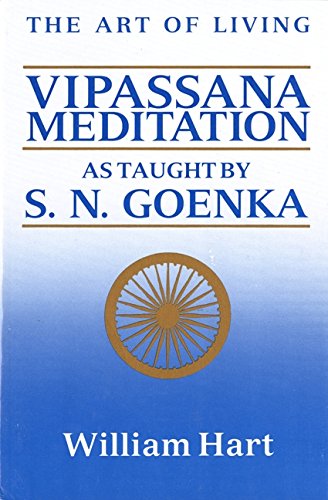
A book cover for The Art of Living: Vipassana Meditation; William Hart; Christian Books & Bibles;